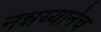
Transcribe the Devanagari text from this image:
नन्नय्यानेच